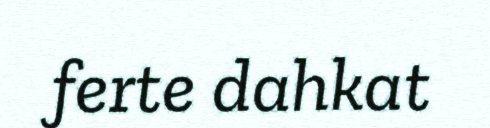
ferte dahkat